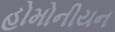
હોમોનીયન